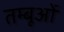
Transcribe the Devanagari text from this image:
तम्बूओं